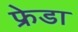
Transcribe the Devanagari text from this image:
फ्रेडा